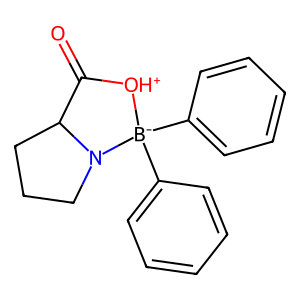
SMILES: O=C1[OH+][B-](c2ccccc2)(c2ccccc2)N2CCCC12
Inhibits HIV replication: No